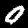
Digit: 0